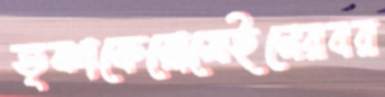
তৃষ্ণাকেরোমেইনেরবর